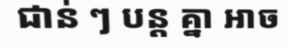
ជាន់ ៗ បន្ត គ្នា អាច